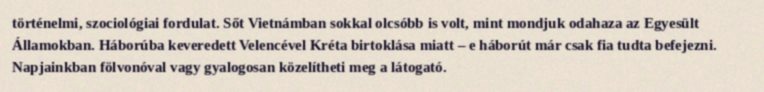
történelmi, szociológiai fordulat. Sőt Vietnámban sokkal olcsóbb is volt, mint mondjuk odahaza az Egyesült Államokban. Háborúba keveredett Velencével Kréta birtoklása miatt – e háborút már csak fia tudta befejezni. Napjainkban fölvonóval vagy gyalogosan közelítheti meg a látogató.